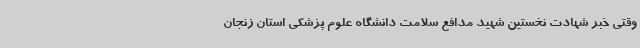
وقتی خبر شهادت نخستین شهید مدافع سلامت دانشگاه علوم پزشکی استان زنجان